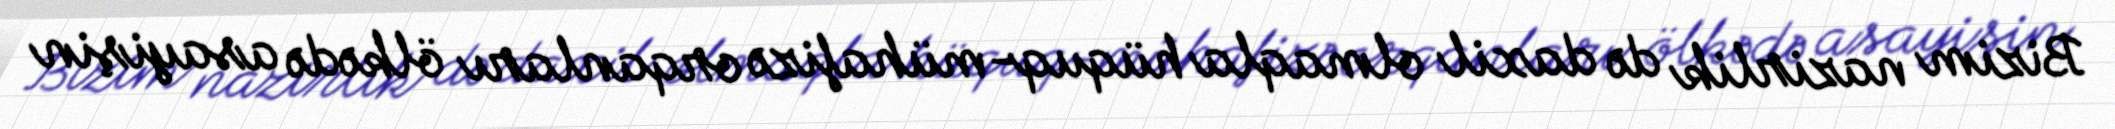
Bizim nazirlik də daxil olmaqla hüquq-mühafizə orqanları ölkədə asayişin